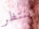
ينتظر